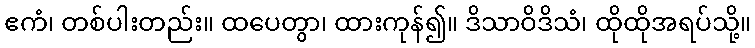
ဧကံ၊ တစ်ပါးတည်း။ ထပေတွာ၊ ထားကုန်၍။ ဒိသာဝိဒိသံ၊ ထိုထိုအရပ်သို့။